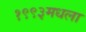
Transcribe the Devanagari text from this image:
१९९३मधला